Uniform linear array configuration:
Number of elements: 32
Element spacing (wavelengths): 0.75
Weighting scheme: exponential
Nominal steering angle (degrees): -60
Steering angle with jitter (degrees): -61.734
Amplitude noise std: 0.05
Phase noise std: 0.05

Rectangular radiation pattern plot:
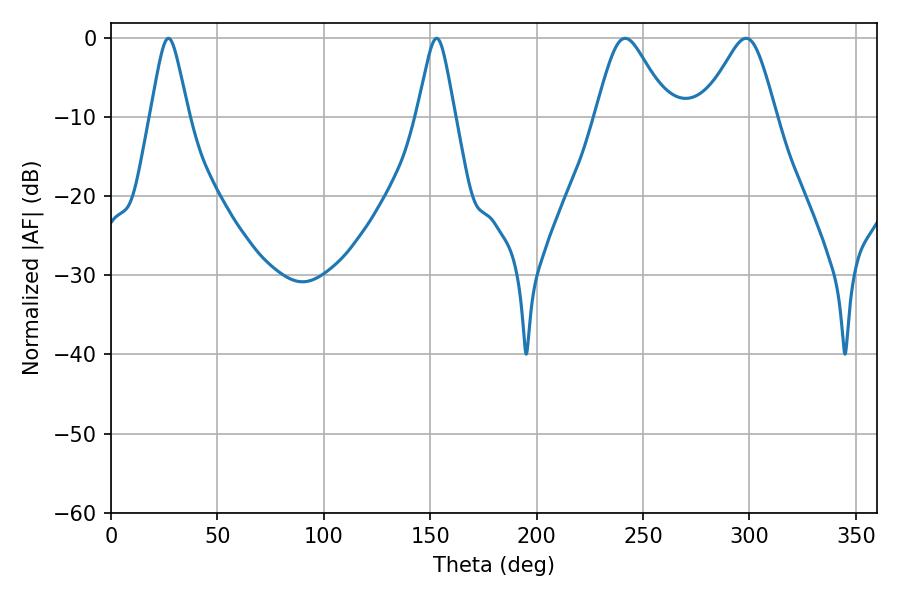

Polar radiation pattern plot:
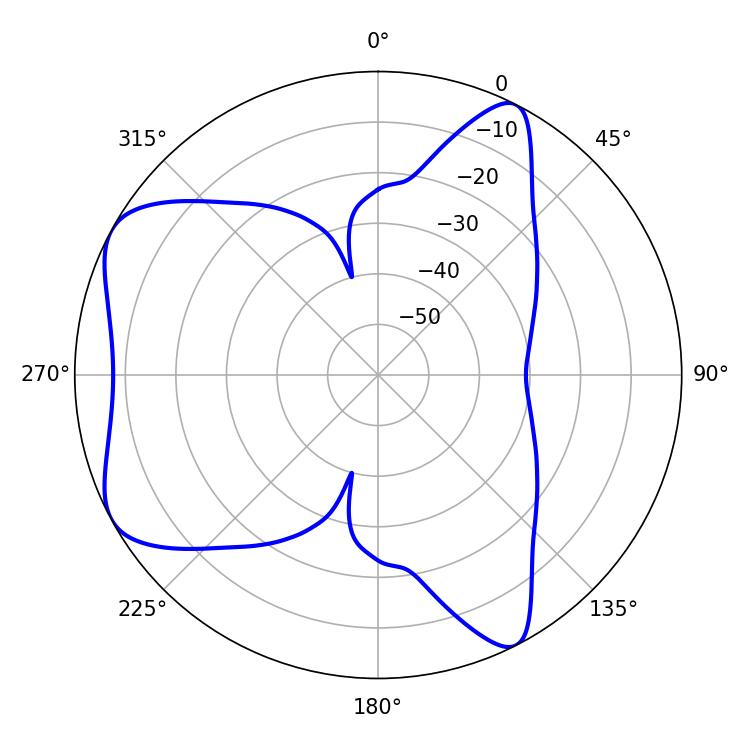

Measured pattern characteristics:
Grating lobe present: TRUE
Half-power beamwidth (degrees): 8.46
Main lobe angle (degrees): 27